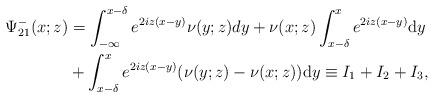
LaTeX: \begin{align*}\begin{aligned}\Psi^-_{21}(x;z)&= \int_{-\infty}^{x-\delta} e^{2 iz(x-y)} \nu(y ;z) d y+\nu(x ;z) \int_{x-\delta}^{x} e^{2 i z(x-y)} \mathrm{d} y \\&+\int_{x-\delta}^{x} e^{2 i z(x-y)}(\nu(y ;z)-\nu(x ; z)) \mathrm{d} y \equiv I_1+I_2+I_3,\end{aligned}\end{align*}